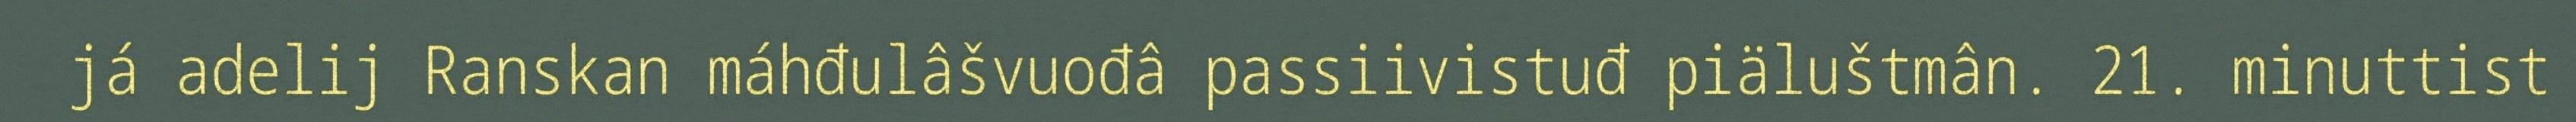
já adelij Ranskan máhđulâšvuođâ passiivistuđ piäluštmân. 21. minuttist